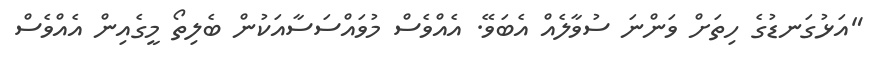
"އަޅުގަނޑުގެ ހިތަށް ވަންނަ ސުވާލެއް އެބަވޭ. އެއްވެސް މުވައްސަސާއަކުން ބެލިތޯ މީގެއިން އެއްވެސް